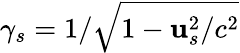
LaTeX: \gamma_{s}=1/\sqrt{1-{\mathbf u}_{s}^{2}/c^{2}}